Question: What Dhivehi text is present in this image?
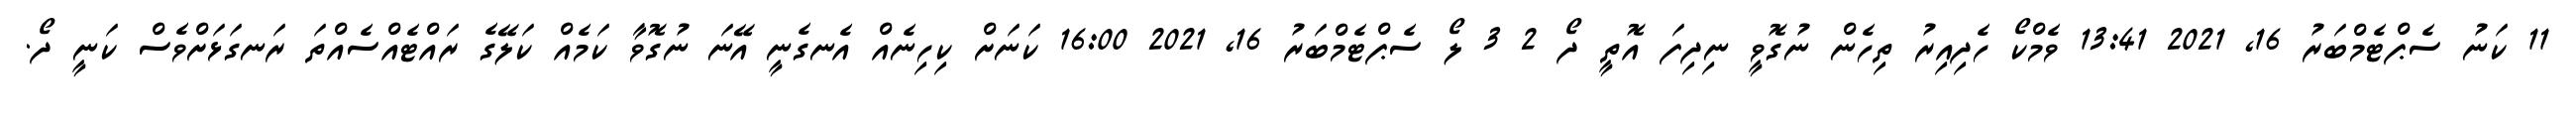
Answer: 11 ކަނު ސެޕްޓެމްބަރު 16, 2021 13:41 ވެމްކޯ ހެދިއިރު ތިހެން ނުގޮވީ ނިދިފަ އޮތީ ދޯ 2 3 ލޯ ސެޕްޓެމްބަރު 16, 2021 16:00 ކަނަށް ކިހިނެއް އެނގެނީ އޭނަ ނުގޮވާ ކަމެއް ކަލޭގެ ރައްޓެއްސެއްތަ ރަނގަޅަށްވެސް ކަނީ ދޯ.